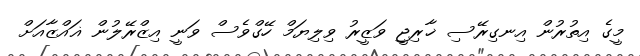
މީގެ އިތުރުން އިނގިރޭސި ޚާރިޖީ ވަޒީރު ވިލިޔަމް ހޭގްވެސް ވަނީ އިޒްރޭލުން ޣައްޒާއަށް